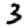
Digit: 3